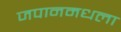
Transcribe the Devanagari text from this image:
जपानमधला